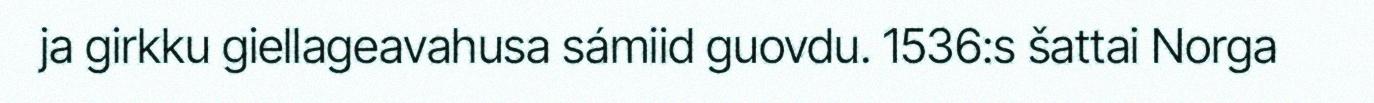
ja girkku giellageavahusa sámiid guovdu. 1536:s šattai Norga